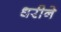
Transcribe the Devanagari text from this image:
धरीने